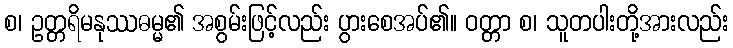
စ၊ ဥတ္တရိမနုဿဓမ္မ၏ အစွမ်းဖြင့်လည်း ပွားစေအပ်၏။ ဝတ္တာ စ၊ သူတပါးတို့အားလည်း